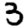
Digit: 3